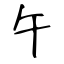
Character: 午